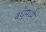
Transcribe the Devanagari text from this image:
बंधूंमध्ये